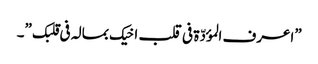
”اعرف المؤدّة فی قلب اخیک بمالہ فی قلبک ”۔